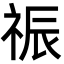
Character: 祳